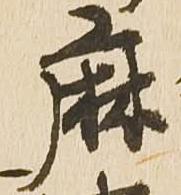
麻